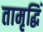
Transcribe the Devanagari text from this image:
तामृद्धिं